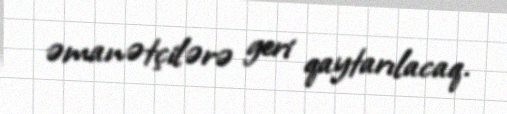
əmanətçilərə geri qaytarılacaq.